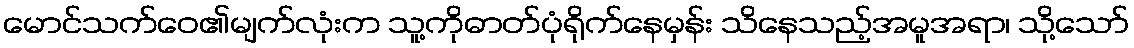
မောင်သက်ဝေ၏မျက်လုံးက သူ့ကိုဓာတ်ပုံရိုက်နေမှန်း သိနေသည့်အမူအရာ၊ သို့သော်